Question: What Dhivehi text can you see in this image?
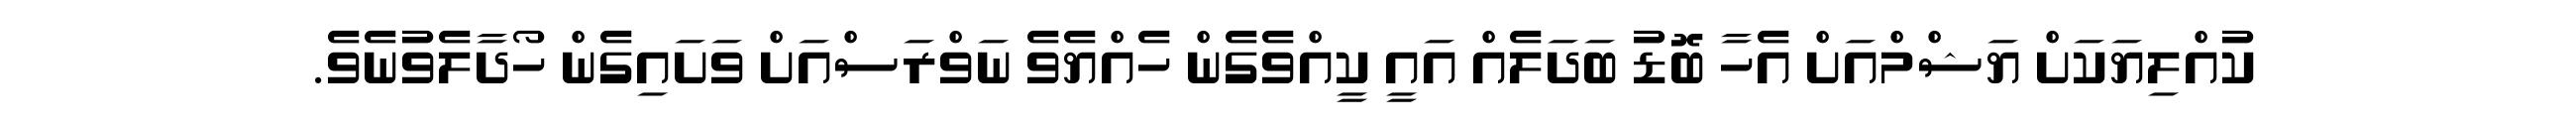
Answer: ކުއްލިޔަކަށް ޔަޝްމްއަށް އެހާ ބޮޑު ބަދަލެއް އައީ ކީއްވެގެން ހެއްޔެވެ ނަވްރަސްއަށް ވަށައިގެން ހޯދާލެވުނެވެ.